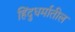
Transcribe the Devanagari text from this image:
हिंदुधर्मातील